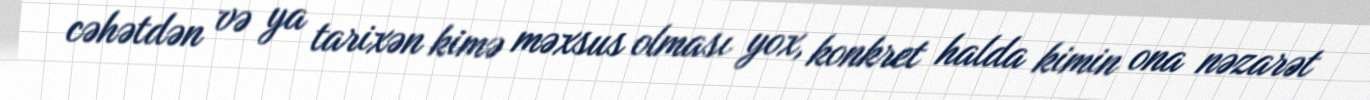
cəhətdən və ya tarixən kimə məxsus olması yox, konkret halda kimin ona nəzarət